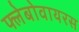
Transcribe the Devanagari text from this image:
फ्लेबोवायरस